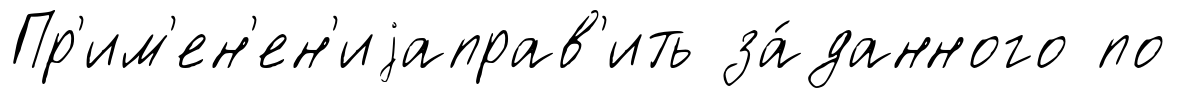
Пр'им'ен'ен'иjаправ'ить за́данного по